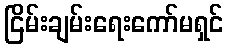
ငြိမ်းချမ်းရေးကော်မရှင်